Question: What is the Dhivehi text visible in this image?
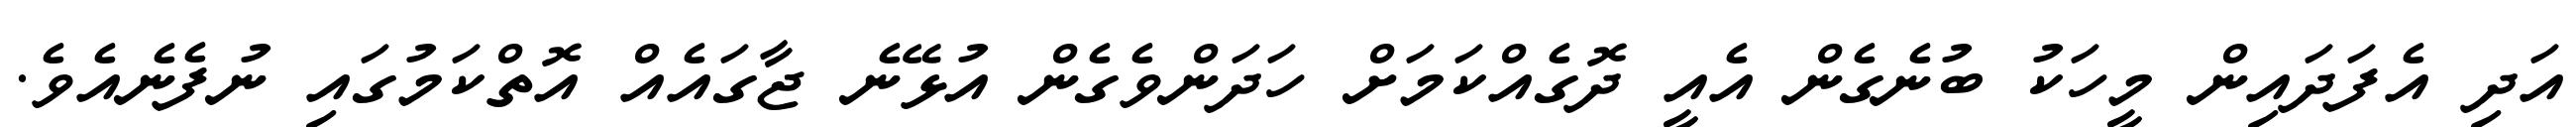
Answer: އަދި އެފަދައިން މީހަކު ބުނެގެން އެއީ ދޮގެއްކަމަށް ހަދަންވެގެން އުޅޭނެ ޖާގައެއް އޮތްކަމުގައި ނުފެނެއެވެ.